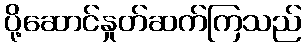
ပို့ဆောင်နှုတ်ဆက်ကြသည်